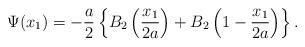
LaTeX: \begin{align*}\Psi (x_{1})=-\dfrac{a}{2}\left\lbrace B_{2}\left( \dfrac{x_{1}}{2a}\right) +B_{2}\left( 1-\dfrac{x_{1}}{2a}\right)\right\rbrace .\end{align*}